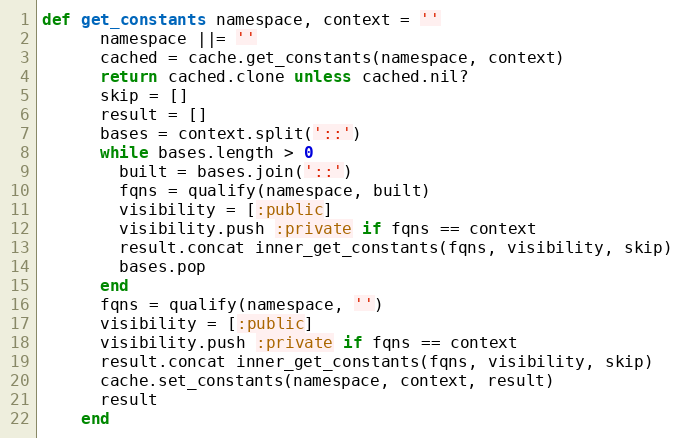
Language: Ruby
def get_constants namespace, context = ''
      namespace ||= ''
      cached = cache.get_constants(namespace, context)
      return cached.clone unless cached.nil?
      skip = []
      result = []
      bases = context.split('::')
      while bases.length > 0
        built = bases.join('::')
        fqns = qualify(namespace, built)
        visibility = [:public]
        visibility.push :private if fqns == context
        result.concat inner_get_constants(fqns, visibility, skip)
        bases.pop
      end
      fqns = qualify(namespace, '')
      visibility = [:public]
      visibility.push :private if fqns == context
      result.concat inner_get_constants(fqns, visibility, skip)
      cache.set_constants(namespace, context, result)
      result
    end